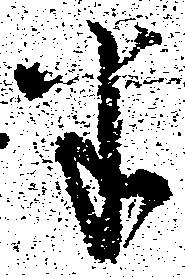
半